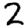
Digit: 2